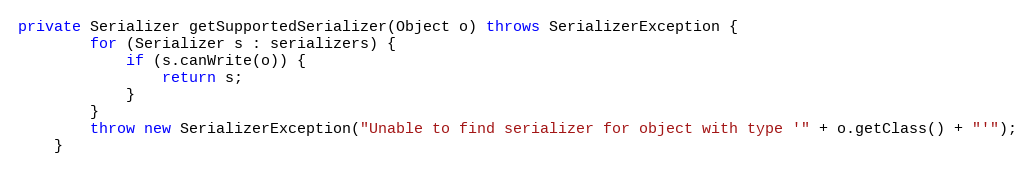
Language: Java
private Serializer getSupportedSerializer(Object o) throws SerializerException {
        for (Serializer s : serializers) {
            if (s.canWrite(o)) {
                return s;
            }
        }
        throw new SerializerException("Unable to find serializer for object with type '" + o.getClass() + "'");
    }